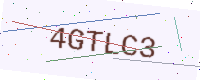
Text: 4GTLC3